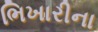
ભિખારીના